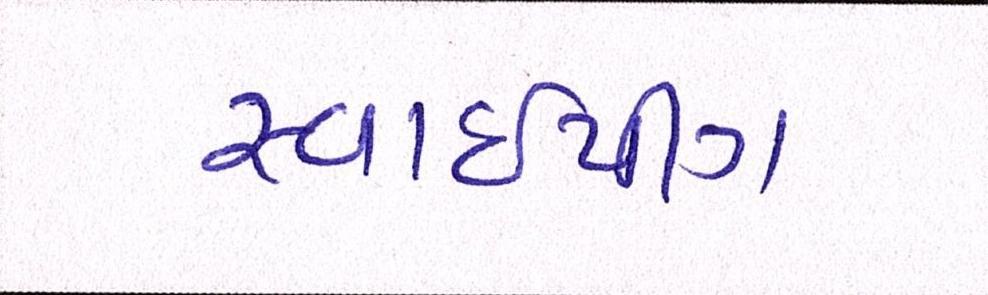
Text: સ્વાઈપીંગ